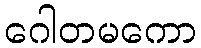
ဂေါတမကော